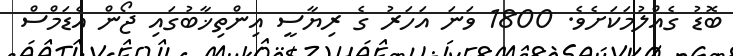
ބޮޑު ގެއްލުމަކަށެވެ. 1800 ވަނަ އަހަރު ގެ ރިޔާސީ އިންތިޚާބުގައި ޖޯން އެޑަމްސް